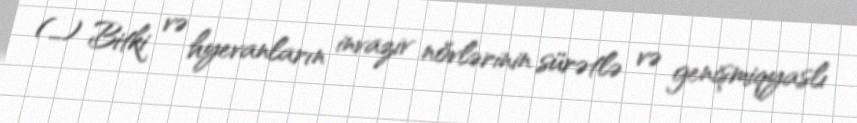
(…) Bitki və hyevanların invaziv növlərinin sürətlə və genişmiqyaslı